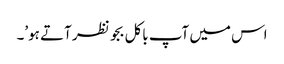
اس میں آپ باکل بجو نظر آتے ہو’۔